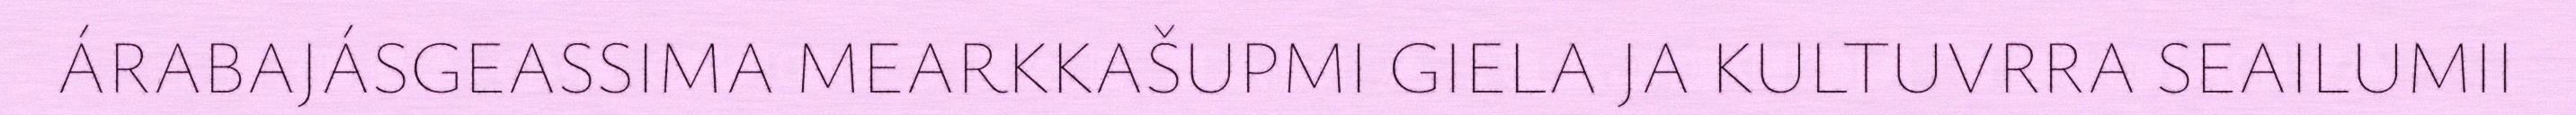
ÁRABAJÁSGEASSIMA MEARKKAŠUPMI GIELA JA KULTUVRRA SEAILUMII